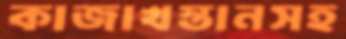
কাজাখস্তানসহ